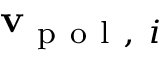
\mathbf { v } _ { \mathrm { ~ p ~ o ~ l ~ , ~ } i }